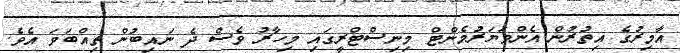
އާމިރުގެ އިތުރުން އެންވަޔަރުމެންޓް މިނިސްޓްރީގައި މިހާރު ވެސް ދެ ނައިބުން ތިއްބަވަ އެވެ.